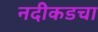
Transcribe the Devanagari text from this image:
नदीकडचा